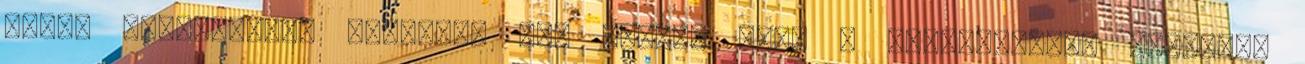
nehéz folyamatát. Egyelőre úgy tűnik, hogy a magánemberek bevonása